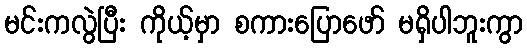
မင်းကလွဲပြီး ကိုယ့်မှာ စကားပြောဖော် မရှိပါဘူးကွာ